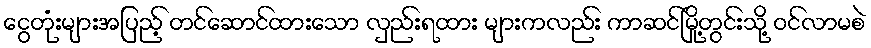
ငွေတုံးများအပြည့် တင်ဆောင်ထားသော လှည်းရထား များကလည်း ကာဆင်မြို့တွင်းသို့ ဝင်လာမစဲ